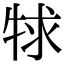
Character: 𤙠